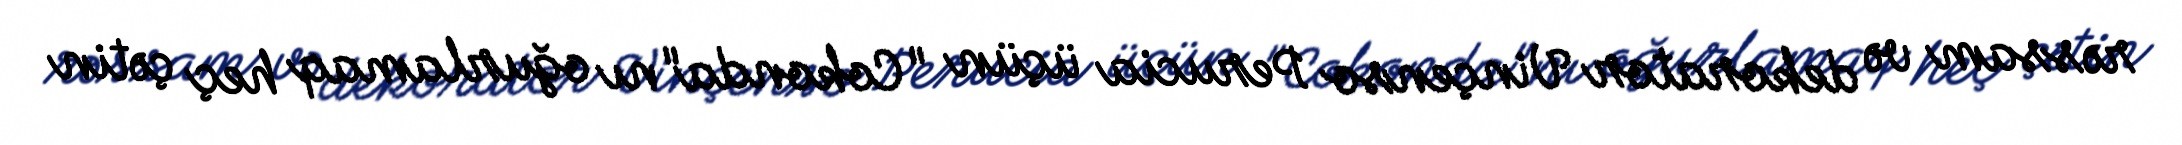
rəssam və dekorator Vinçenso Perucia üçün "Cokonda"nı oğurlamaq heç çətin